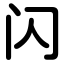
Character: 闪